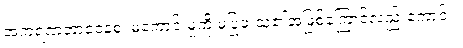
အကရဏဘာဝေနစ၊ မကောင်းမှုကို မပြုဖူးသူ၏အဖြစ်ကြောင့်လည်းကောင်း။